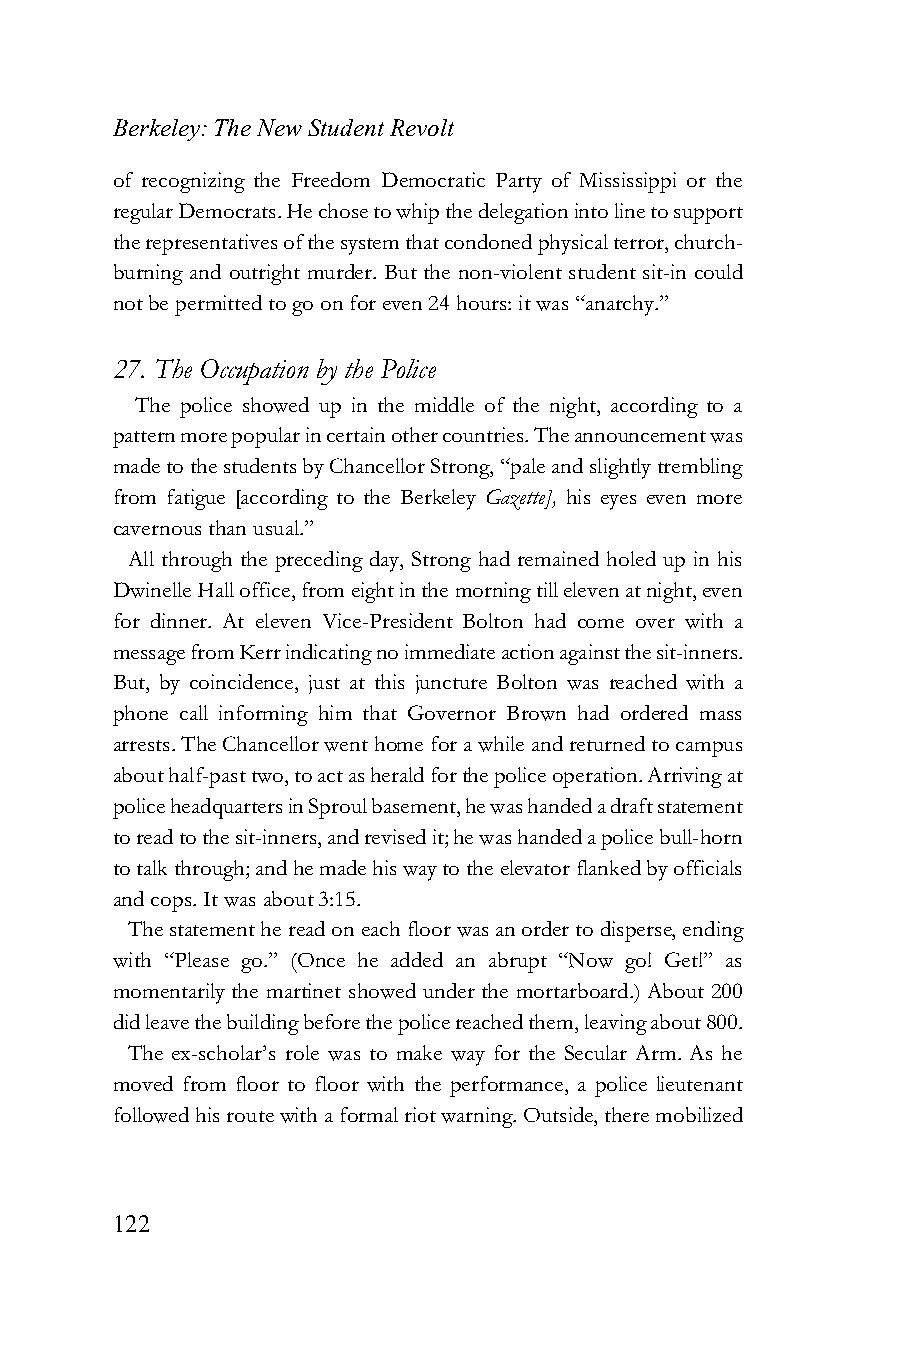
Berkeley: The New Student Revolt
 of recognizing the Freedom Democratic Party of Mississippi or the
 regular Democrats. He chose to whip the delegation into line to support
 the representatives of the system that condoned physical terror, church-
 burning and outright murder. But the non-violent student sit-in could
 not be permitted to go on for even 24 hours: it was “anarchy.”
 27. The Occupation by the Police
 The police showed up in the middle of the night, according to a
 pattern more popular in certain other countries. The announcement was
 made to the students by Chancellor Strong, “pale and slightly trembling
 from fatigue [according to the Berkeley Gazette], his eyes even more
 cavernous than usual.”
 All through the preceding day, Strong had remained holed up in his
 Dwinelle Hall office, from eight in the morning till eleven at night, even
 for dinner. At eleven Vice-President Bolton had come over with a
 message from Kerr indicating no immediate action against the sit-inners.
 But, by coincidence, just at this juncture Bolton was reached with a
 phone call informing him that Governor Brown had ordered mass
 arrests. The Chancellor went home for a while and returned to campus
 about half-past two, to act as herald for the police operation. Arriving at
 police headquarters in Sproul basement, he was handed a draft statement
 to read to the sit-inners, and revised it; he was handed a police bull-horn
 to talk through; and he made his way to the elevator flanked by officials
 and cops. It was about 3:15.
 The statement he read on each floor was an order to disperse, ending
 with “Please go.” (Once he added an abrupt “Now go! Get!” as
 momentarily the martinet showed under the mortarboard.) About 200
 did leave the building before the police reached them, leaving about 800.
 The ex-scholar’s role was to make way for the Secular Arm. As he
 moved from floor to floor with the performance, a police lieutenant
 followed his route with a formal riot warning. Outside, there mobilized
 122